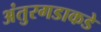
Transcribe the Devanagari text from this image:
अंतुरगडाकडे